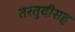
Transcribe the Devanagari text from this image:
तरतुदीसह